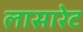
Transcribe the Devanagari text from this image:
लासारेट